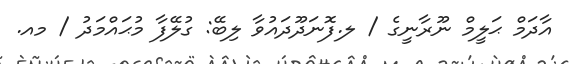
އާދަމް ޙަލީމް ނޫރާނީގެ / ލ.ފޮނަދޫދައުވާ ލިބޭ: ގުލޭފާ މުޙައްމަދު / މއ.